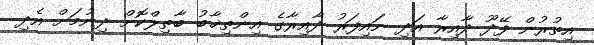
އިތުރުން ފޭދޫ ދާއިރާ އަދި ނައިފަރު ދާއިރާގެ އިންތިޚާބު ބާތިލްކޮށް ދިނުމަށް އެދި